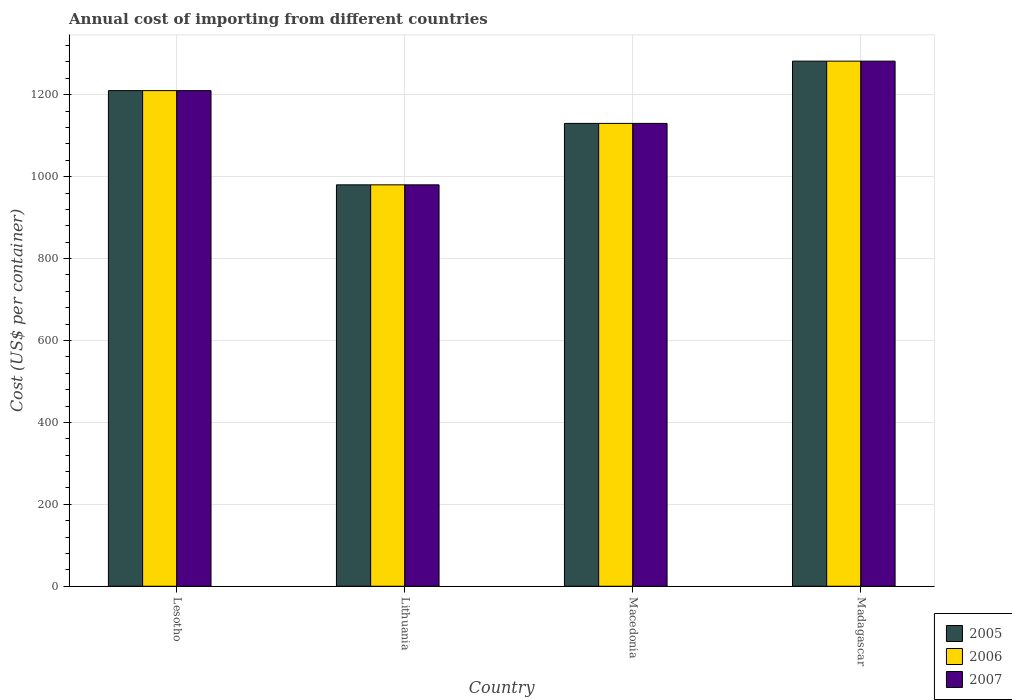
| Country | 2005 | 2006 | 2007 |
 | --- | --- | --- | --- |
 | Lesotho | 1.21e+03 | 1.21e+03 | 1.21e+03 |
 | Lithuania | 980 | 980 | 980 |
 | Macedonia | 1.13e+03 | 1.13e+03 | 1.13e+03 |
 | Madagascar | 1.28e+03 | 1.28e+03 | 1.28e+03 |